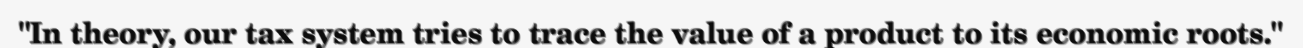
"In theory, our tax system tries to trace the value of a product to its economic roots."